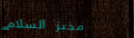
مخبز السلام